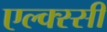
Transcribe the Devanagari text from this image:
एल्क्स्सी